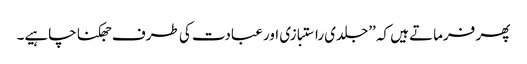
پھر فرماتے ہیں کہ ’’جلدی راستبازی اور عبادت کی طرف جھکنا چاہیے۔